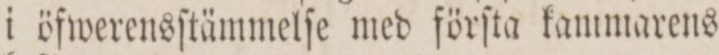
i öfwerensſtämmelſe med förſta kammarens